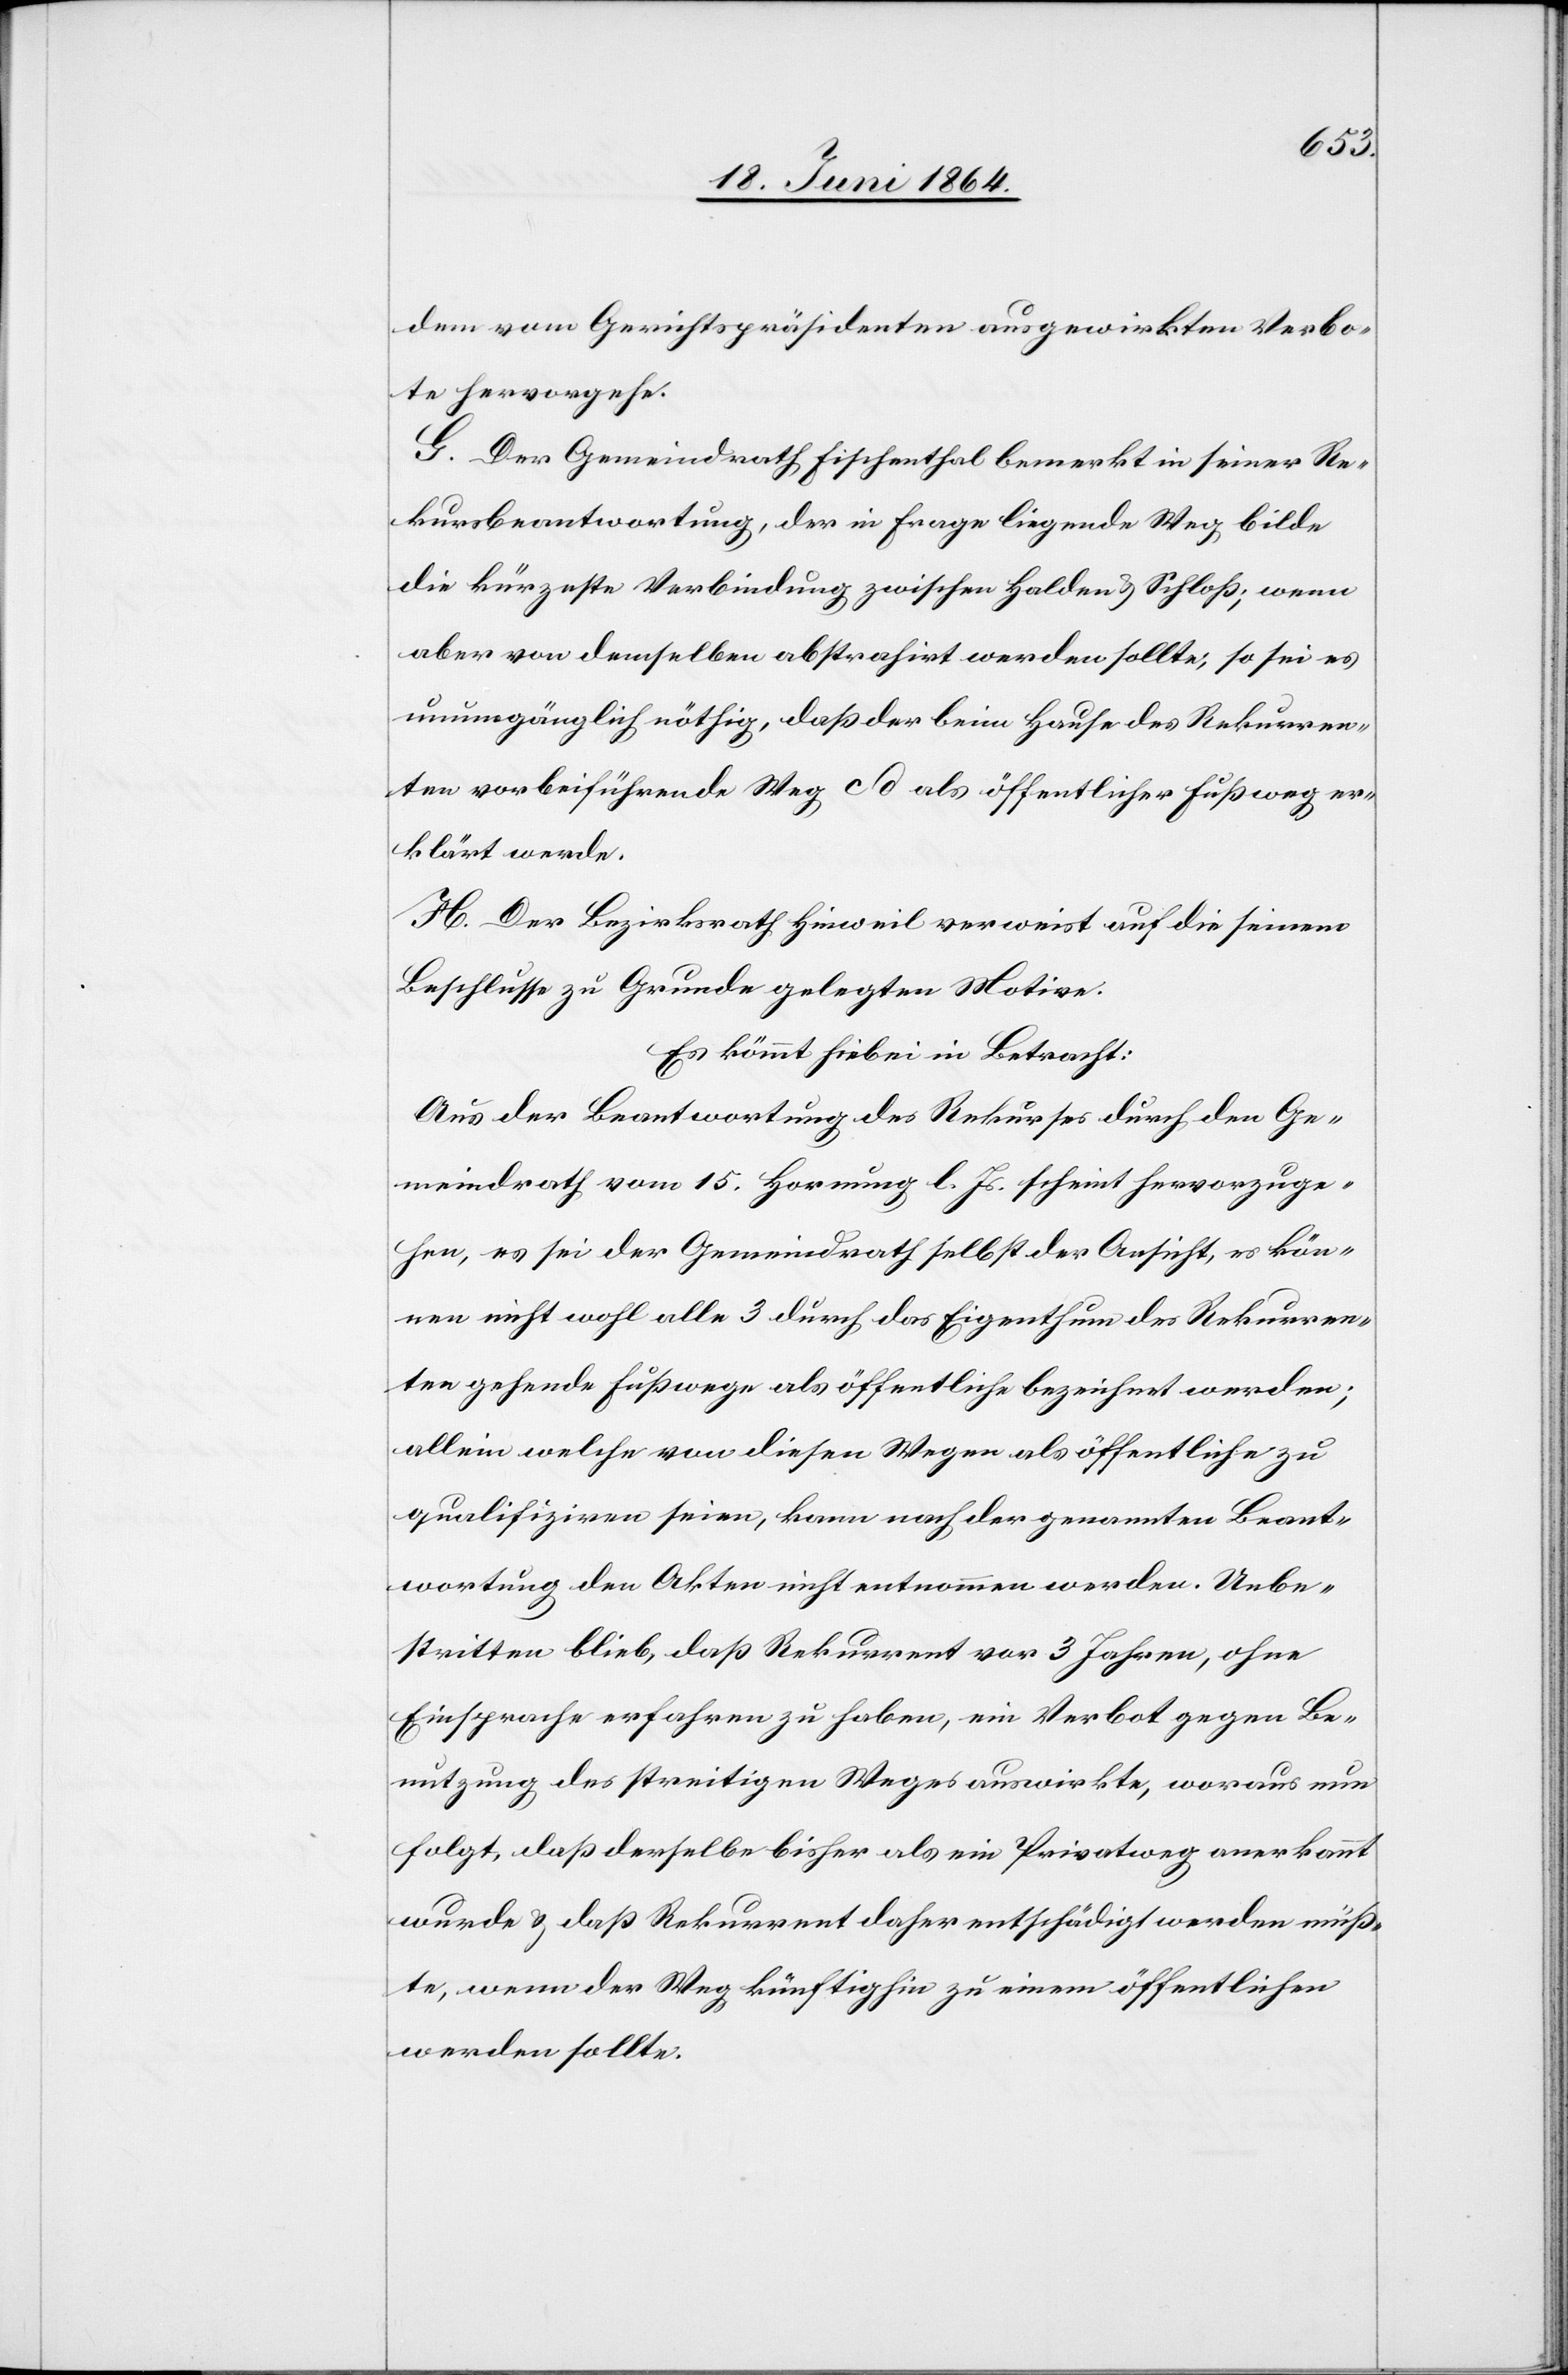
dem vom Gerichtspräsidenten ausgewirkten Verbo¬
te hervorgehe.
G. Der Gemeindrath Fischenthal bemerkt in seiner Re¬
kursbeantwortung, der in Frage liegende Weg bilde
die kürzeste Verbindung zwischen Halden u. Schloß; wenn
aber von demselben abstrahirt werden sollte, so sei es
unumgänglich nöthig, daß der beim Hause des Rekurren¬
ten vorbeiführende Weg cd als öffentlicher Fußweg er¬
klärt werde.
H. Der Bezirksrath Hinweil verweist auf die seinem
Beschlusse zu Grunde gelegten Motive.
Es kömmt hiebei in Betracht:
Aus der Beantwortung des Rekurses durch den Ge¬
meindrath vom 15. Hornung l. Js. scheint hervorzuge¬
hen, es sei der Gemeindrath selbst der Ansicht, es kön¬
nen nicht wohl alle 3 durch das Eigenthum des Rekurren¬
ten gehende Fußwege als öffentliche bezeichnet werden;
allein welche von diesen Wegen als öffentliche zu
qualifiziren seien, kann nach der genannten Beant¬
wortung den Akten nicht entnommen werden. Unbe¬
stritten blieb, daß Rekurrent vor 3 Jahren, ohne
Einsprache erfahren zu haben, ein Verbot gegen Be¬
nutzung des streitigen Weges auswirkte, woraus nun
folgt, daß derselbe bisher als ein Privatweg anerkannt
wurde u. daß Rekurrent daher entschädigt werden müß¬
te, wenn der Weg künftighin zu einem öffentlichen
werden sollte.